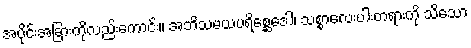
အပိုင်းအခြားကိုလည်းကောင်း။ အဘိသမယပရိစ္ဆေဒေါ၊ သစ္စာလေးပါးတရားကို သိသော